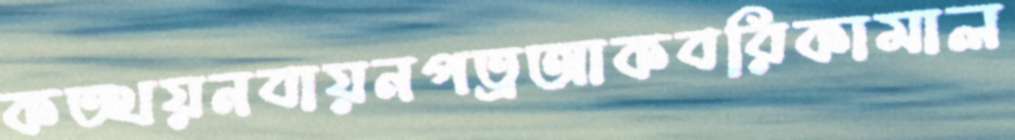
কত্থয়নবায়নপত্রআকবরিকামাল